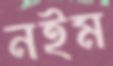
নইম